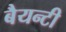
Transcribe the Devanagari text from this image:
बैयन्टी